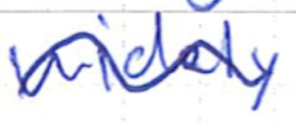
Text: widely
Cross-out: wave
Writing tool: ballpoint